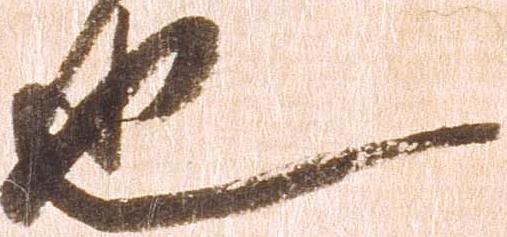
也